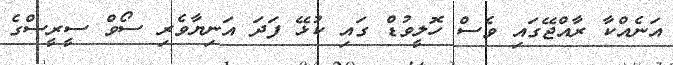
އަނެއްކާ ރާއްޖޭގައި ވެސް ހޮލީވުޑް ގައި ކުޅޭ ފަދަ އަނިޔާވެރި ސޯވް ސީރީސްގެ